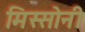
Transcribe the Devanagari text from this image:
मिस्सोनी